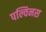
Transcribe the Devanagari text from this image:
पल्विनस